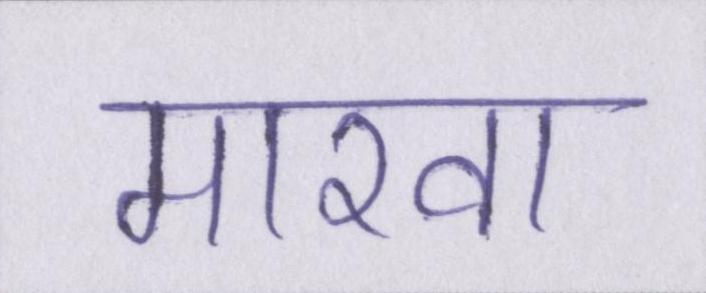
मारवा